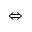
\Leftrightarrow